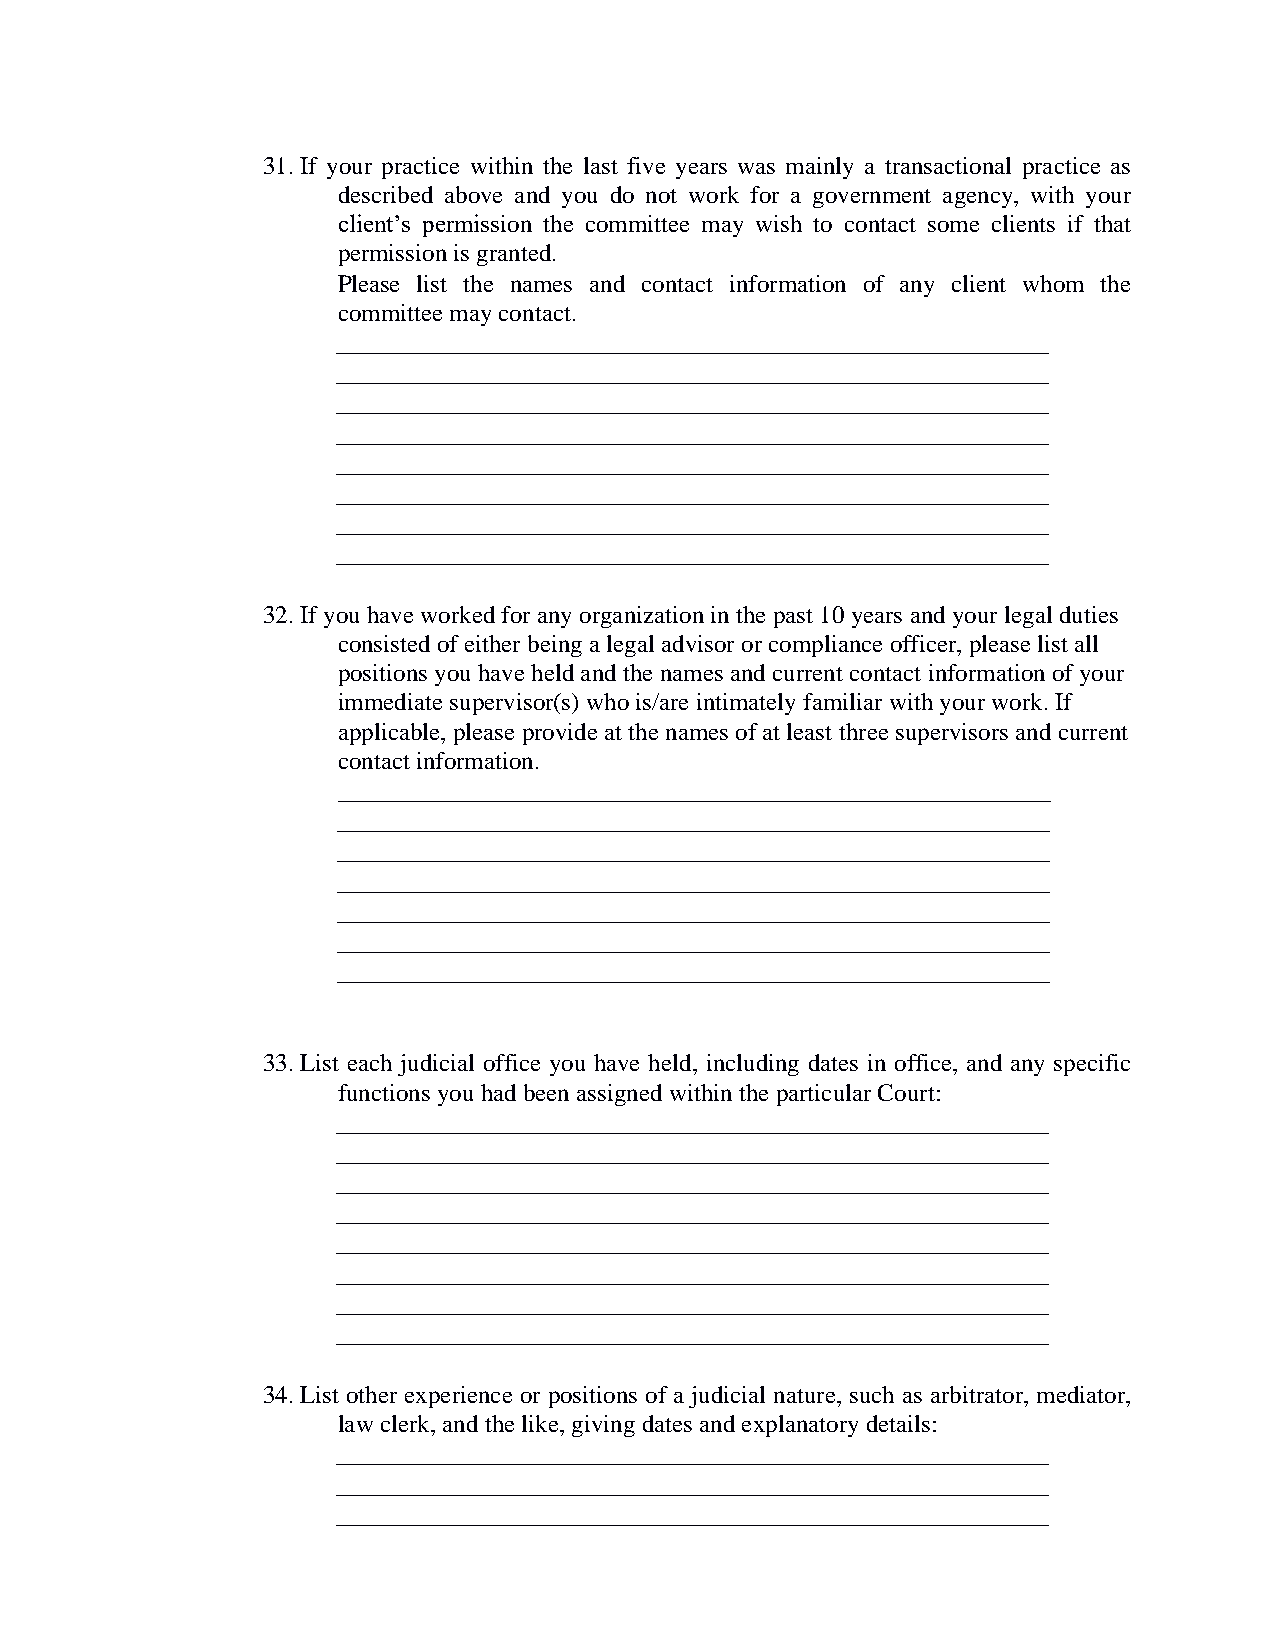
31. If your practice within the last five years was mainly a transactional practice as
 described above and you do not work for a government agency, with your
 client’s permission the committee may wish to contact some clients if that
 permission is granted.
 Please list the names and contact information of any client whom the
 committee may contact.
 _________________________________________________________
 _________________________________________________________
 _________________________________________________________
 _________________________________________________________
 _________________________________________________________
 _________________________________________________________
 _________________________________________________________
 _________________________________________________________
 32. If you have worked for any organization in the past 10 years and your legal duties
 consisted of either being a legal advisor or compliance officer, please list all
 positions you have held and the names and current contact information of your
 immediate supervisor(s) who is/are intimately familiar with your work. If
 applicable, please provide at the names of at least three supervisors and current
 contact information.
 _________________________________________________________
 _________________________________________________________
 _________________________________________________________
 _________________________________________________________
 _________________________________________________________
 _________________________________________________________
 _________________________________________________________
 33. List each judicial office you have held, including dates in office, and any specific
 functions you had been assigned within the particular Court:
 _________________________________________________________
 _________________________________________________________
 _________________________________________________________
 _________________________________________________________
 _________________________________________________________
 _________________________________________________________
 _________________________________________________________
 _________________________________________________________
 34. List other experience or positions of a judicial nature, such as arbitrator, mediator,
 law clerk, and the like, giving dates and explanatory details:
 _________________________________________________________
 _________________________________________________________
 _________________________________________________________